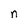
Character: n